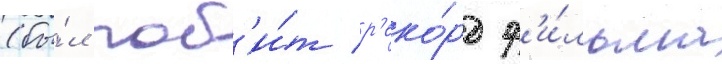
(бы́л поб'и́т р'еко́рд ф'и́льма